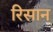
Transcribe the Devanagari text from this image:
रिसान